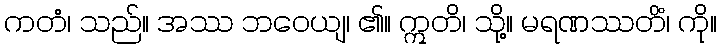
ကတံ၊ သည်။ အဿ ဘဝေယျ၊ ၏။ ဣတိ၊ သို့။ မရဏဿတိံ၊ ကို။